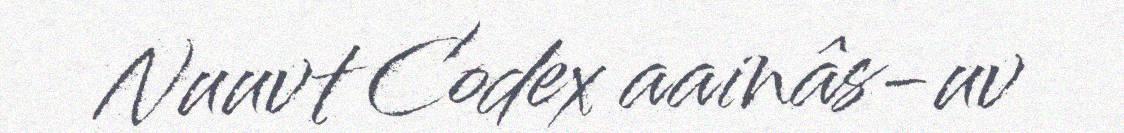
Nuuvt Codex aainâs-uv